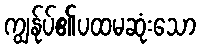
ကျွန်ုပ်၏ပထမဆုံးသော